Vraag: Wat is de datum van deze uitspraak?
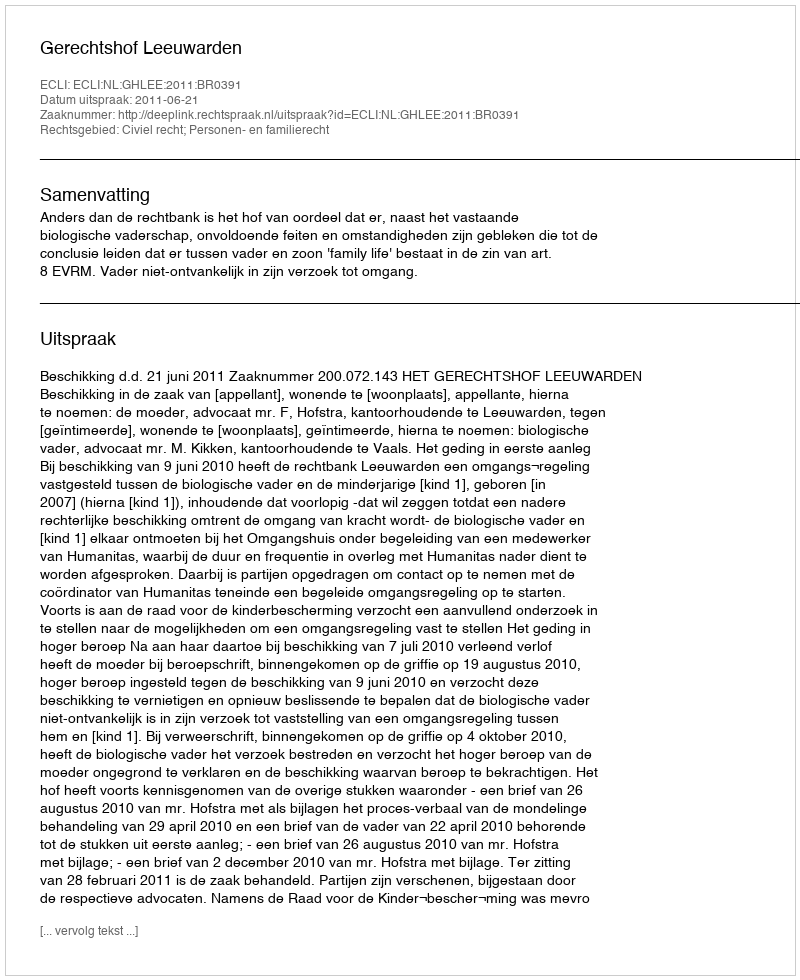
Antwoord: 2011-06-21